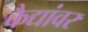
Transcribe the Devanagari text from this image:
कैद्यांवर